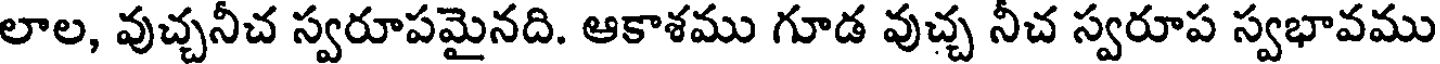
లాల, వుచ్చనీచ స్వరూపమైనది. ఆకాశము గూడ వుచ్చ నీచ స్వరూప స్వభావము